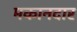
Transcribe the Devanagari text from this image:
मकानदार